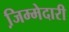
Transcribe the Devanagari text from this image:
जि़म्मेदारी